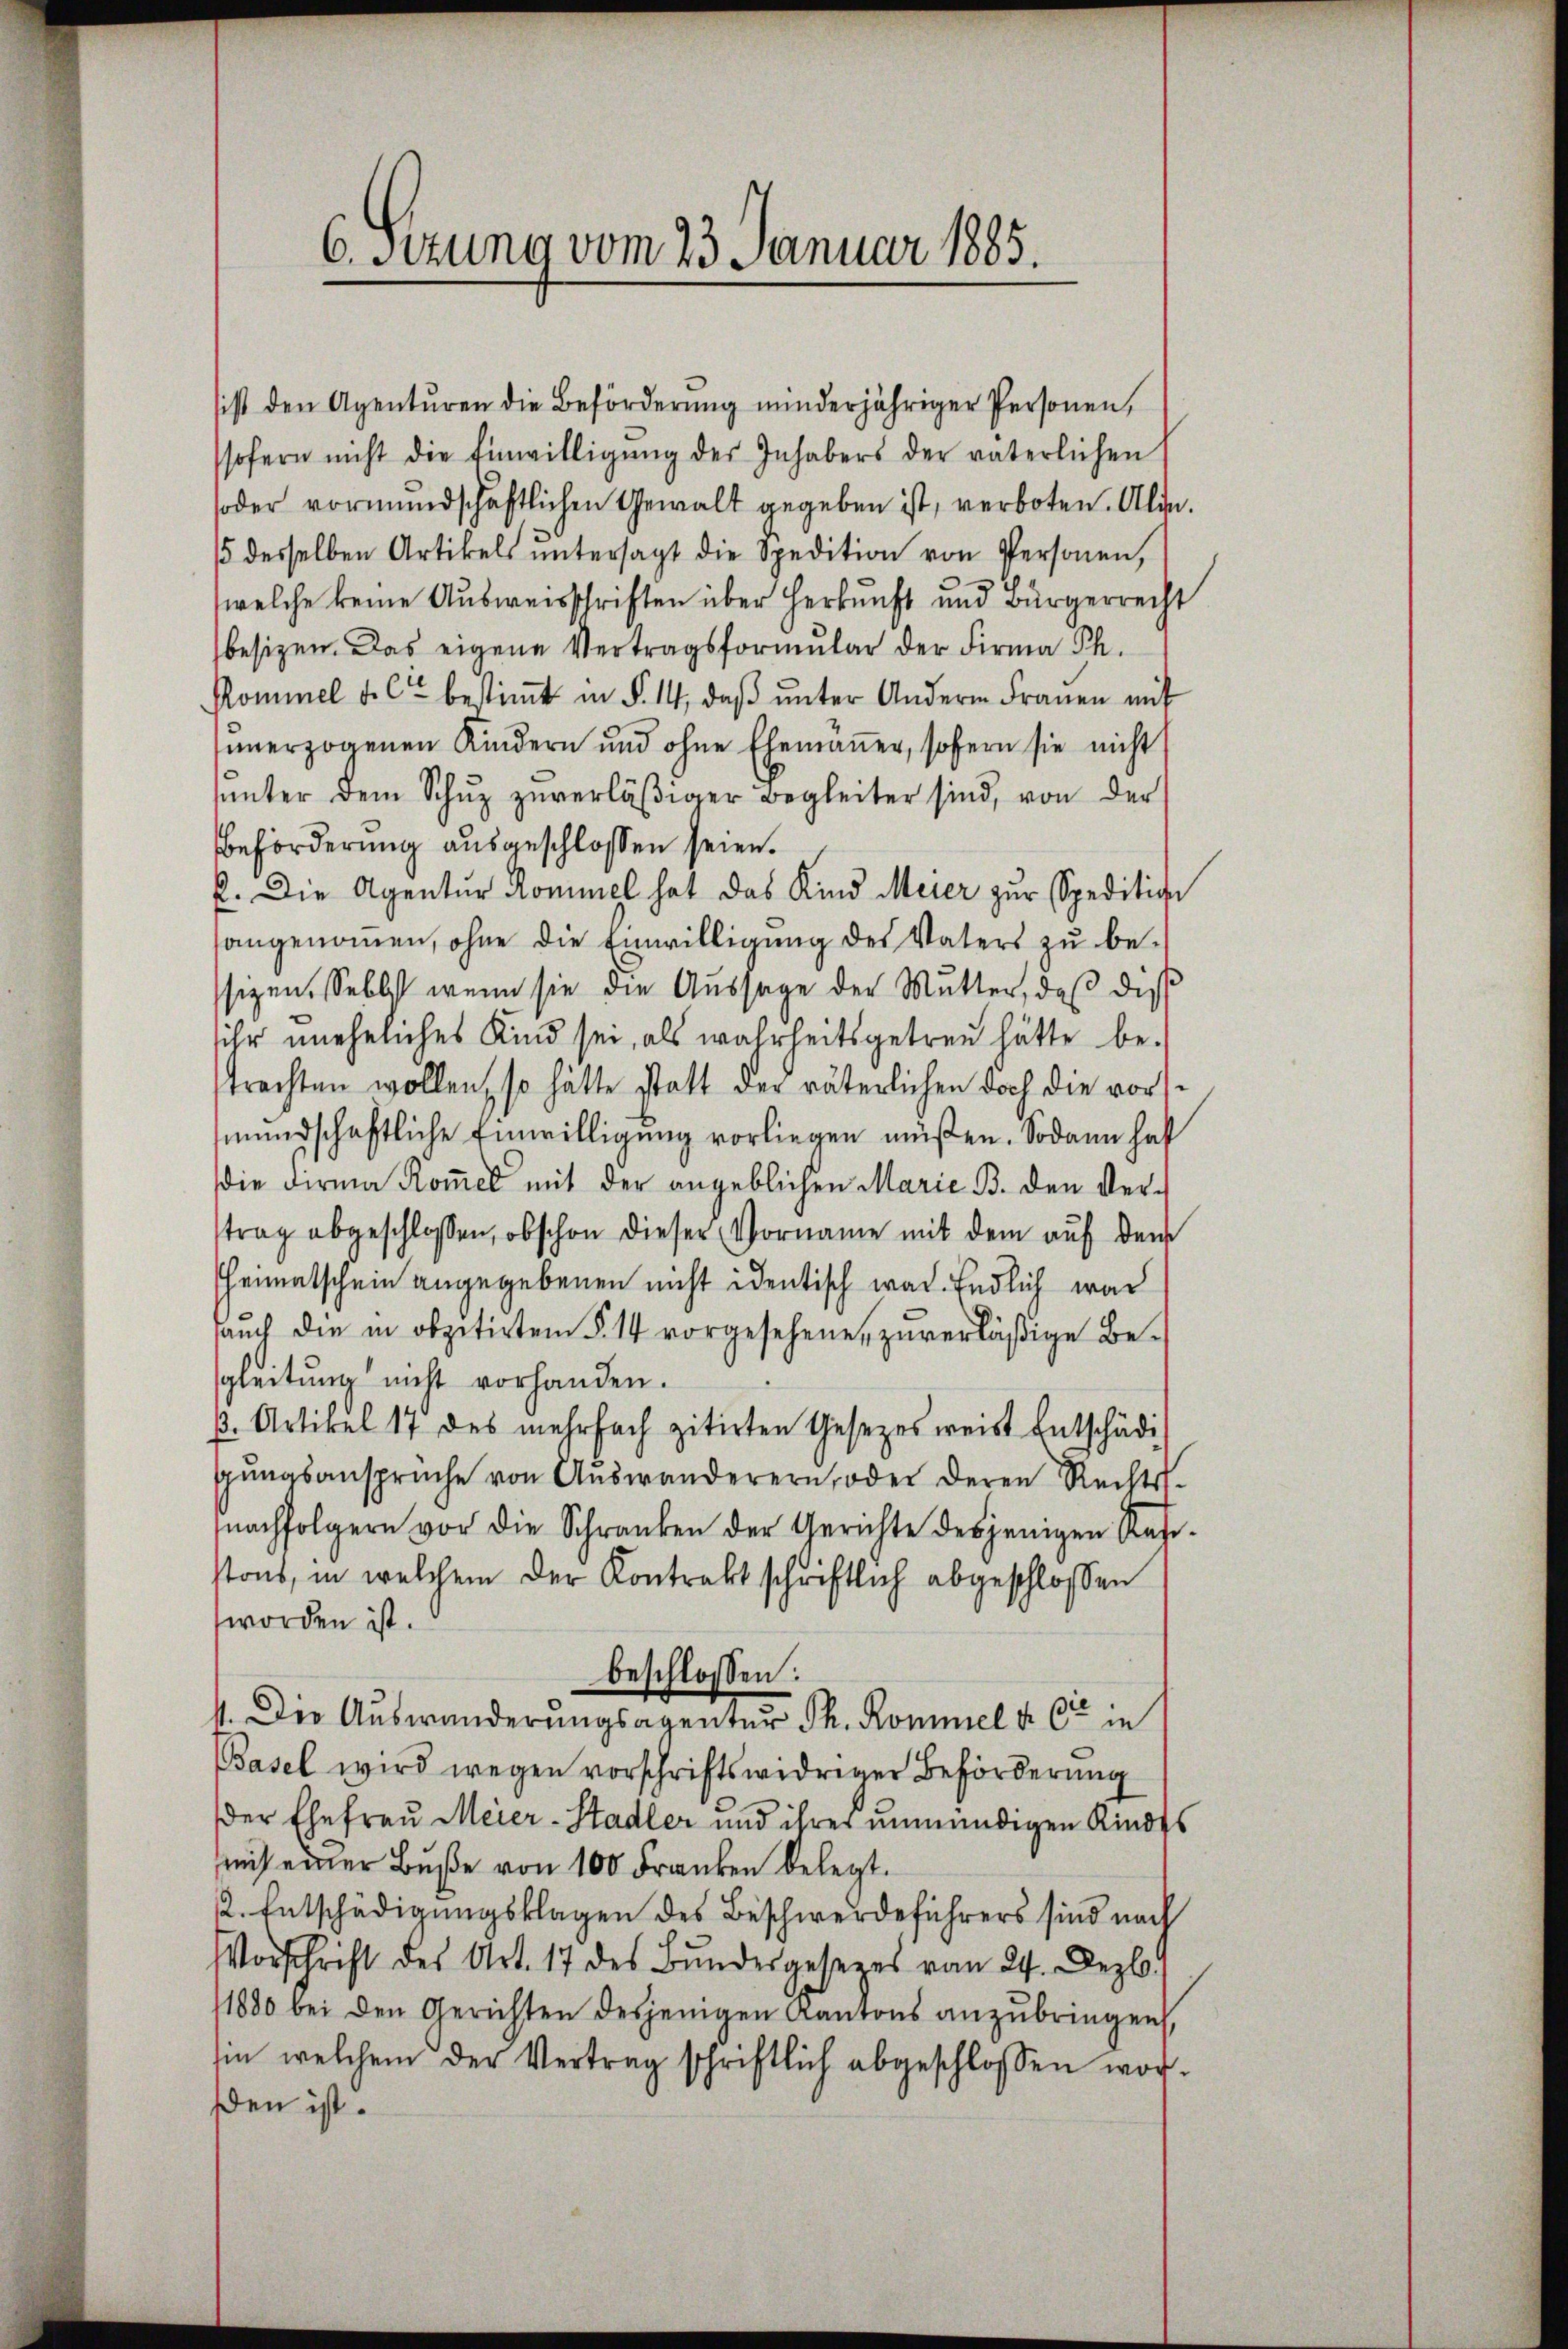
sist den Agentŭren die Beförderŭng minderjähriger Personen,
sofern nicht die Einwilligŭng der Inhabers der väterlichen
soder vormundschaftlichen Gewalt gegeben ist, verboten. Alle
15 desselben Artikels ŭntersagt die Spedition von Personen,
welche keine Ausweisschriften über Herkunft und Bürgerrecht
besizen. Das eigene Vertragsformŭlar der Firma Ph.
Rommel d. C. bestimt in §. 14, daβ ŭnter Andern Frauen mit
unerzogenen Kindern und ohne Ehemaṅer, sofern sie nicht
ŭŭnter dem Schŭz zŭverläβiger Begleiter sind, von der
Beförderung ausgeschlossen seien.
E. Die Agentur Rominel hat das Kind Meier zur Speditive
angenommen, ohne die Einwilligung des Vaters zu besizen. Selbst wenn sie die Aussage der Mutter, daß dies
sihr uneheliches Kind sei, als wahrheitsgetreu hätte be-
trachten wollen, so hätte statt der väterlichen doch die vorsmundschaftliche Einwilligung vorliegen müßen. Sodann hat
die Firma Kom̅el mit der angeblichen Marie B. den Vertrag abgeschlossen, obschon dieser Vorname mit dem auf dem
Heimatschein angegebenen nicht identisch war. Endlich war
aŭch die in obzitirten § 14 vorgesehene, zŭverläβige Be-
sgleitung nicht vorhanden.
p. Artikel 17 des mehrfach zitirten Gesetzes weist Entschädi
gŭngsansprüche von Aŭswanderern, oder deren Rechts-
nachfolgern vor die Schranken der Gerichte desjenigen Refe-
stons, in welchem der Kontrakt schriftlich abgeschlossen
worden ist.
beschlossen:
4. Der Auswanderungsagentur Th. Kommel d. 6ten in
Basel wird wegen vorschriftswidriger Beförderung
der Ehefrau Meier-Stadler und ihrer unmündigen Kindes
mit einer Buße von 100 Franken belegt.
2. Entschädigungsklagen des Beschwerdeführers sind nach
Vorschrift des Art. 17 des Bundesgesezes vom 24. Dezbr.
11880 bei den Gerichten desjenigen Kantons anzubringen,
sin welchem der Vertrag schriftlich abgeschlossen wor-
ßen ist.

6. Sitzung vom 23. Januar 1885.